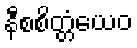
နီစစိတ္တံယေဝ